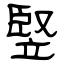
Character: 竪